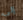
إلى